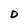
Character: D